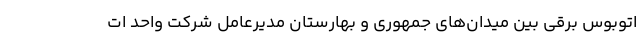
اتوبوس برقی بین میدان‌های جمهوری و بهارستان مدیرعامل شرکت واحد ات